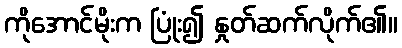
ကိုအောင်မိုးက ပြုံး၍ နှုတ်ဆက်လိုက်၏။